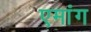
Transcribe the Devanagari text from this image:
एमांग